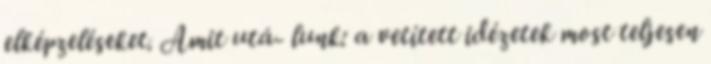
elképzeléseket. Amit utá- lunk: a vetített idézetek most teljesen